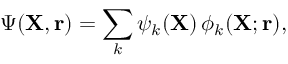
\Psi ( { \mathbf { X } } , { \mathbf { r } } ) = \sum _ { k } \psi _ { k } ( { \mathbf { X } } ) \, \phi _ { k } ( { \mathbf { X } } ; { \mathbf { r } } ) ,